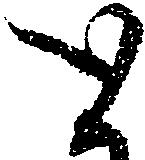
と